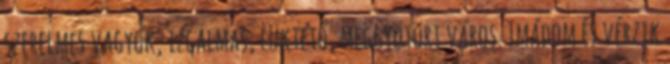
szerelmes vagyok, izgalmas, lüktető, meggyötört város. Imádom és vérzik